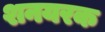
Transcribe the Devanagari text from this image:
शनयरक